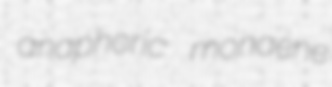
anaphoric monaene